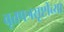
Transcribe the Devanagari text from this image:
वूत्तपत्रसृष्टीच्या